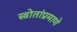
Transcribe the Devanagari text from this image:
स्त्रोतांप्रमाणे